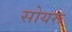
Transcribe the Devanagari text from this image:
सोयरू